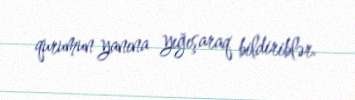
qurumun yanına yığışaraq bildiriblər.